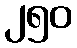
၂၅၀